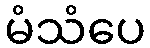
မံသံပေ